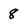
Character: 8